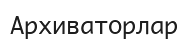
Архиваторлар